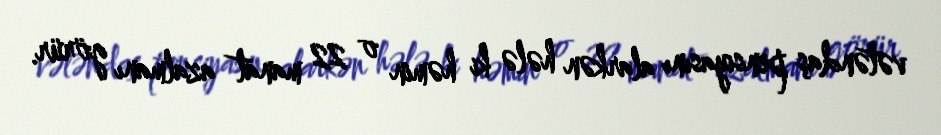
vətəndaş pensiyasını alarkən hələ ki həmin o 22 manat azalmanı görür.